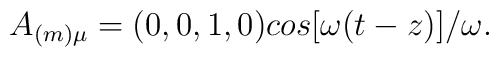
A_{(m)\mu } = (0,0,1,0)cos[\omega (t-z)]/\omega .